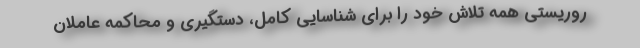
روریستی همه تلاش خود را برای شناسایی کامل، دستگیری و محاکمه عاملان